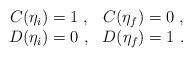
LaTeX: \begin{align*}\begin{array}{cc}C(\eta_i) = 1~, & C(\eta_f) = 0~, \\D(\eta_i) = 0~, & D(\eta_f) = 1~. \end{array}\end{align*}